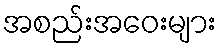
အစည်းအဝေးများ